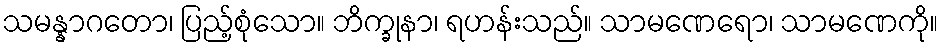
သမန္နာဂတော၊ ပြည့်စုံသော။ ဘိက္ခုနာ၊ ရဟန်းသည်။ သာမဏေရော၊ သာမဏေကို။